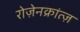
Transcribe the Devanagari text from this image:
रोज़ेनक्रांत्ज़